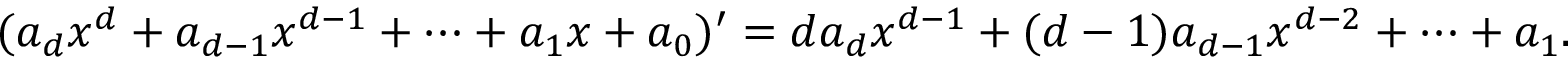
( a _ { d } x ^ { d } + a _ { d - 1 } x ^ { d - 1 } + \cdots + a _ { 1 } x + a _ { 0 } ) ^ { \prime } = d a _ { d } x ^ { d - 1 } + ( d - 1 ) a _ { d - 1 } x ^ { d - 2 } + \cdots + a _ { 1 } .